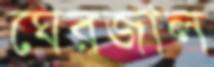
ঘেরজাল